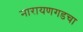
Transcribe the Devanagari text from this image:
नारायणगडचा